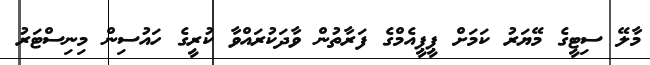
މާލޭ ސިޓީގެ މޭޔަރު ކަމަށް ޕީޕީއެމްގެ ފަރާތުން ވާދަކުރައްވާ ކުރީގެ ހައުސިން މިނިސްޓަރު